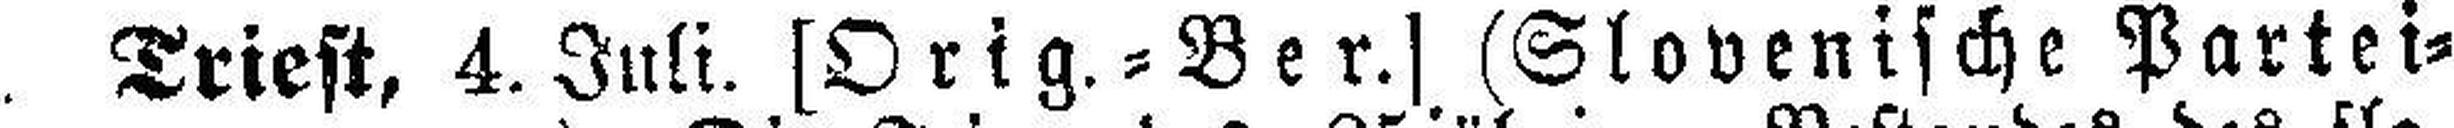
Triest, 4. Juli. [Orig.=Ber.] (Slovenische Partei¬